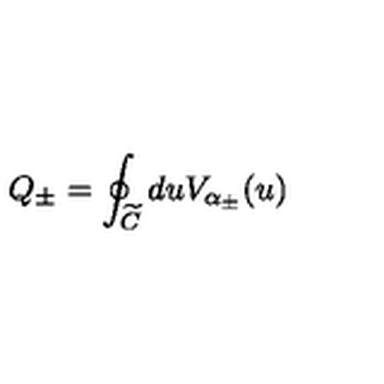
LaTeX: Q _ { \pm } = \oint _ { \widetilde { C } } d u V _ { \alpha _ { \pm } } ( u )